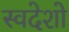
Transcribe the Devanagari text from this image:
स्वदेशो